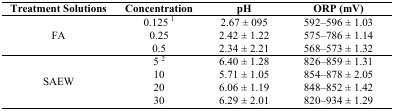
<table><thead><tr><td><b>Treatment Solutions</b></td><td><b>Concentration</b></td><td><b>pH</b></td><td><b>ORP (mV)</b></td></tr></thead><tbody><tr><td rowspan="3">FA</td><td>0.125 <sup>1</sup></td><td>2.67 ± 095</td><td>592–596 ± 1.03</td></tr><tr><td>0.25</td><td>2.42 ± 1.22</td><td>575–786 ± 1.14</td></tr><tr><td>0.5</td><td>2.34 ± 2.21</td><td>568–573 ± 1.32</td></tr><tr><td rowspan="4">SAEW</td><td>5 <sup>2</sup></td><td>6.40 ± 1.28</td><td>826–859 ± 1.31</td></tr><tr><td>10</td><td>5.71 ± 1.05</td><td>854–878 ± 2.05</td></tr><tr><td>20</td><td>6.06 ± 1.19</td><td>848–852 ± 1.42</td></tr><tr><td>30</td><td>6.29 ± 2.01</td><td>820–934 ± 1.29</td></tr></tbody></table>